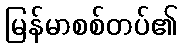
မြန်မာစစ်တပ်၏